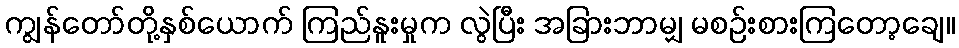
ကျွန်တော်တို့နှစ်ယောက် ကြည်နူးမှုက လွဲပြီး အခြားဘာမျှ မစဉ်းစားကြတော့ချေ။